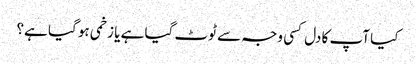
کیا آپ کا دل کسی وجہ سے ٹوٹ گیا ہے یا زخمی ہو گیا ہے؟